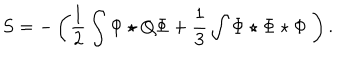
S = - \left( \frac { 1 } { 2 } \int \Phi \star Q \Phi + \frac { 1 } { 3 } \int \Phi \star \Phi \star \Phi \ \right) .